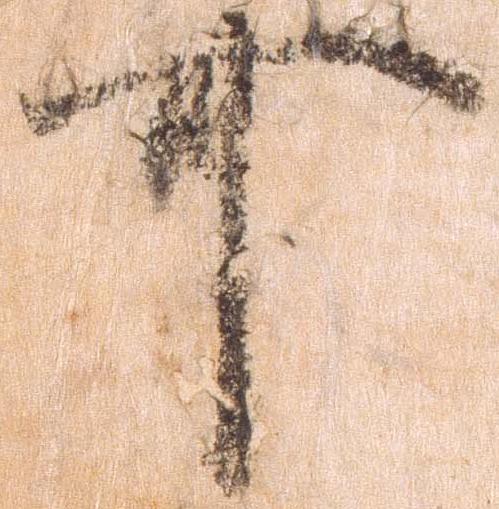
可